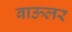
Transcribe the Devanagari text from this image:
बाऊलर